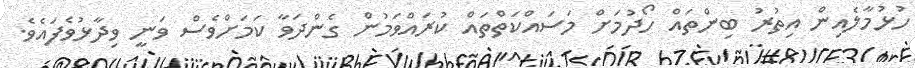
ހުޅުމާލެއިން އިތުރު ބިންތައް ހޯދުމަށް މަސައްކަތްތައް ކުރައްވަމުން ގެންދަވާ ކަމަށްވެސް ވަނީ ވިދާޅުވެފައެވެ.